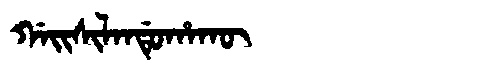
Manchu: ᡤᠠᡳᠰᡳᠯᠠᠨᡩᡠᡥᠠᡴᡡ
Romanization: GAISILANDUHAKŪ